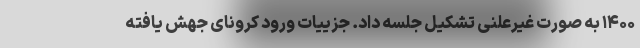
۱۴۰۰ به صورت غیرعلنی تشکیل جلسه داد. جزییات ورود کرونای جهش یافته